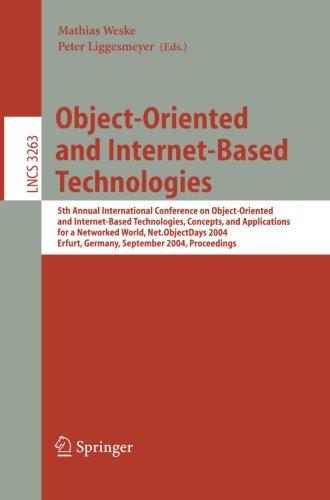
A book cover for Object-Oriented and Internet-Based Technologies: 5th Annual International Conference on Object-Oriented and Internet-Based Technologies, Concepts, and ... (Lecture Notes in Computer Science); Computers & Technology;